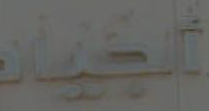
الجيار